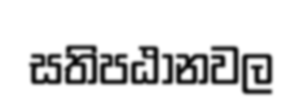
සතිපඨානවල